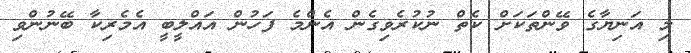
މި އަނިޔާގެ ވޭންތަކަށް ކެތް ނުކުރެވިގެން އެންމެ ފަހުން އައްލީބީ އެމެރިކާ ބޭނުންވި